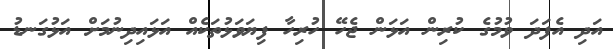
އަދި އެފަދަ ވުމުގެ ކުރިން އަޅަން ޖެހޭ ހުރިހާ ފިޔަވަޅުތަކެއް އަޅައިދިނުމަށް އަޅުގަނޑު